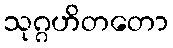
သုဂ္ဂဟိတတော